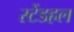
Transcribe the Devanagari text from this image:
स्टेंडहल